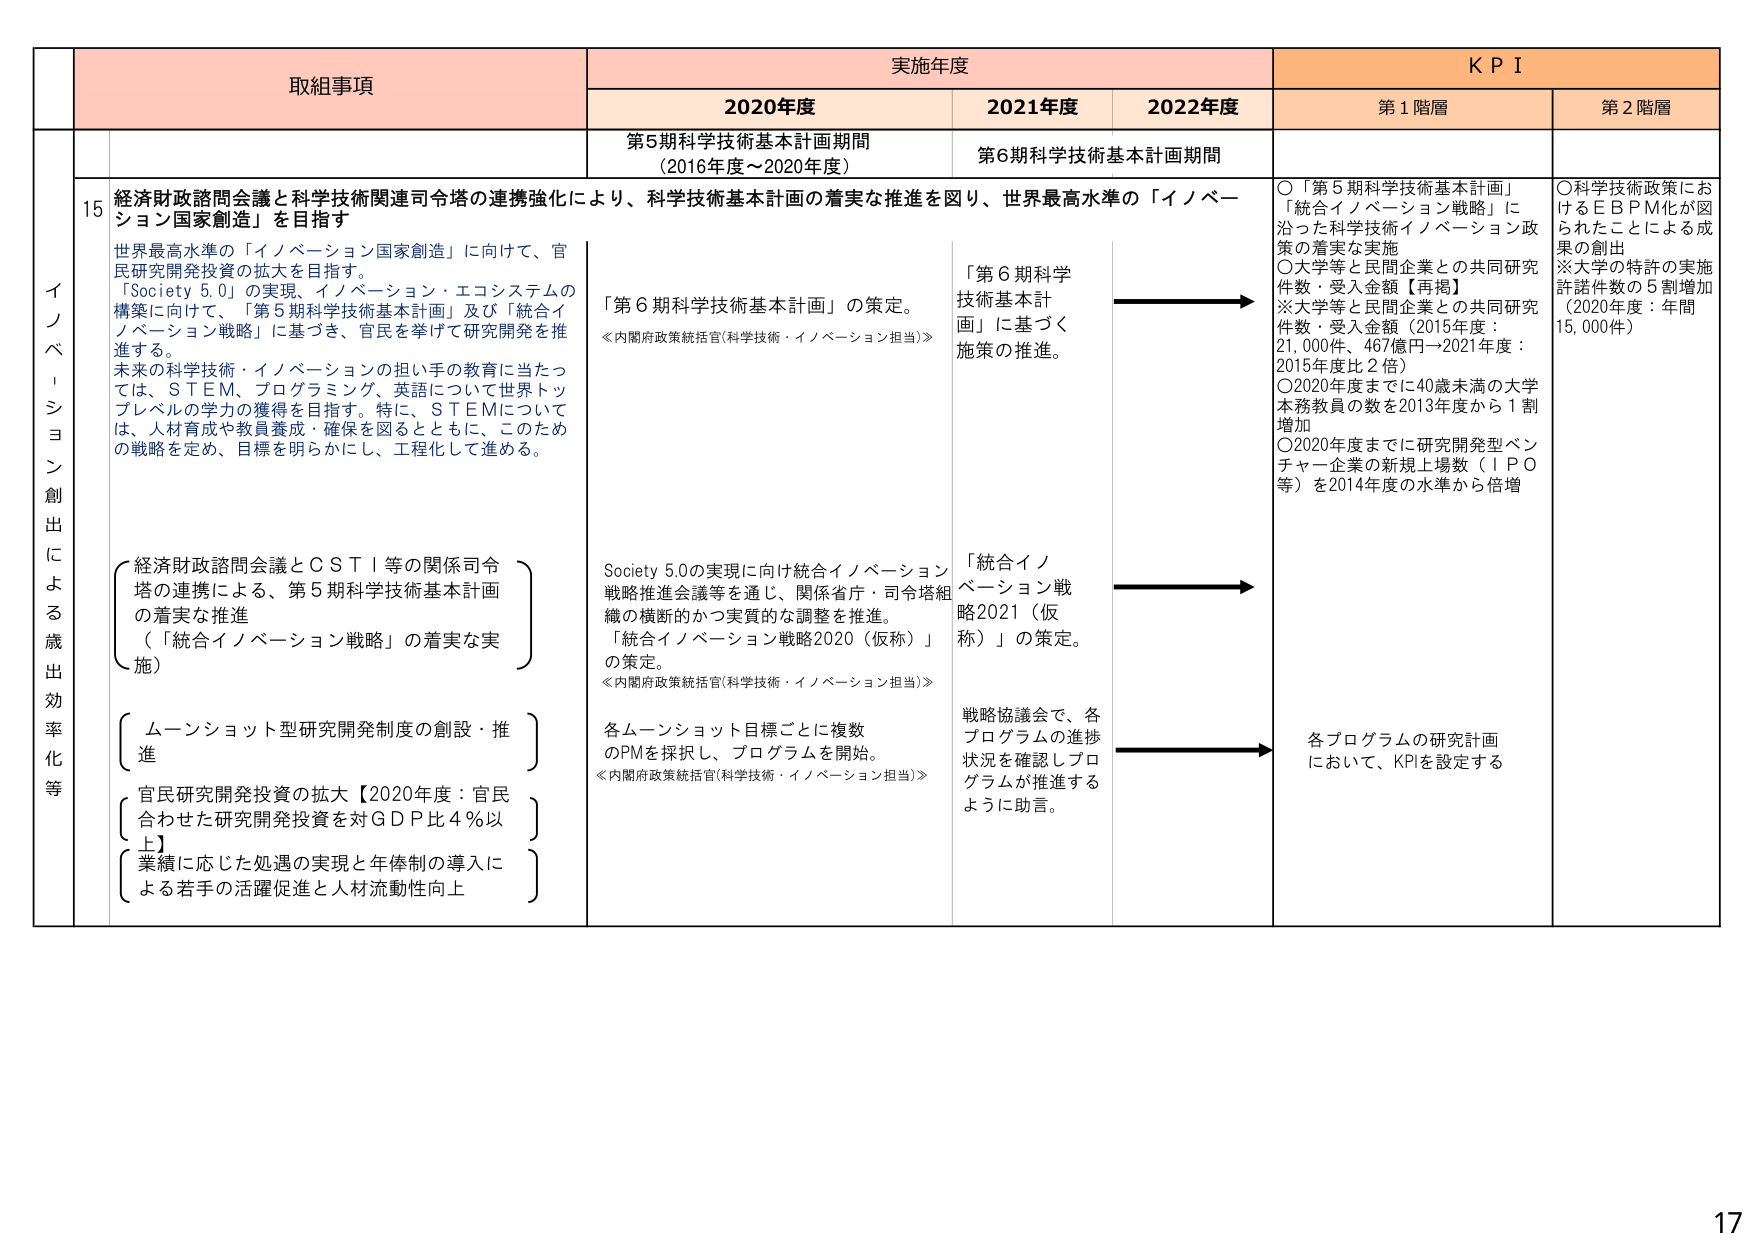
取組事項 実施年度 KPI 2020年度 2021年度 2022年度 第1階層 第2階層 イノベーション創出による歳出効率化等 15 経済財政諮問会議と科学技術関連司令塔の連携強化により、科学技術基本計画の着実な推進を図り、世界最高水準の「イノベーション国家創造」を目指す 世界最高水準の「イノベーション国家創造」に向けて、官民研究開発投資の拡大を目指す。 「Society 5.0」の実現、イノベーション・エコシステムの構築に向けて、「第5期科学技術基本計画」及び「統合イノベーション戦略」に基づき、官民を挙げて研究開発を推進する。 未来の科学技術・イノベーションの担い手の教育に当たっては、ＳＴＥＭ、プログラミング、英語について世界トップレベルの学力の獲得を目指す。特に、ＳＴＥＭについては、人材育成や教員養成・確保を図るとともに、このための戦略を定め、目標を明らかにし、工程化して進める。 経済財政諮問会議とＣＳＴＩ等の関係司令塔の連携による、第5期科学技術基本計画の着実な推進 （「統合イノベーション戦略」の着実な実施） ムーンショット型研究開発制度の創設・推進 官民研究開発投資の拡大【2020年度：官民合わせた研究開発投資を対ＧＤＰ比４％以上】 業績に応じた処遇の実現と年俸制の導入による若手の活躍促進と人材流動性向上 第5期科学技術基本計画期間 （2016年度～2020年度） 「第6期科学技術基本計画」の策定。 ≪内閣府政策統括官(科学技術・イノベーション担当)≫ Society 5.0の実現に向け統合イノベーション戦略推進会議等を通じ、関係省庁・司令塔組織の横断的かつ実質的な調整を推進。 「統合イノベーション戦略2020（仮称）」の策定。 ≪内閣府政策統括官(科学技術・イノベーション担当)≫ 各ムーンショット目標ごとに複数のPMを採択し、プログラムを開始。 ≪内閣府政策統括官(科学技術・イノベーション担当)≫ 第6期科学技術基本計画期間 「第6期科学技術基本計画」に基づく施策の推進。 「統合イノベーション戦略2021（仮称）」の策定。 戦略協議会で、各プログラムの進捗状況を確認しプログラムが推進するように助言。 ○「第5期科学技術基本計画」「統合イノベーション戦略」に沿った科学技術イノベーション政策の着実な実施 ○大学等と民間企業との共同研究件数・受入金額【再掲】 ※大学等と民間企業との共同研究件数・受入金額（2015年度：21,000件、467億円→2021年度：2015年度比2倍） ○2020年度までに40歳未満の大学本務教員の数を2013年度から1割増加 ○2020年度までに研究開発型ベンチャー企業の新規上場数（ＩＰＯ等）を2014年度の水準から倍増 各プログラムの研究計画において、KPIを設定する ○科学技術政策におけるＥＢＰＭ化が図られたことによる成果の創出 ※大学の特許の実施許諾件数の5割増加（2020年度：年間15,000件） 17